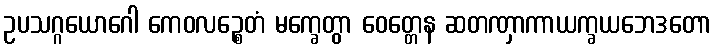
ဥပသဂ္ဂယောဂေါ ကေဝလဉ္စေတံ မက္ခေတွာ ဝေတ္တေန ဆတဏှာကာယက္ခယဘေဒတော